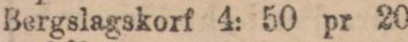
Bergslagskorf 4: 50 pr 20